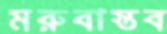
মরুবাস্তব